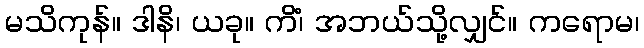
မသိကုန်။ ဒါနိ၊ ယခု။ ကိံ၊ အဘယ်သို့လျှင်။ ကရောမ၊